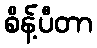
စိန့်ပီတာ